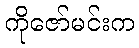
ကိုဇော်မင်းက